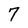
Character: 7